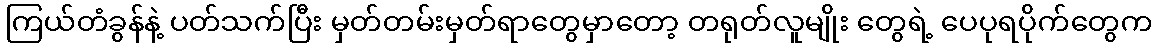
ကြယ်တံခွန်နဲ့ ပတ်သက်ပြီး မှတ်တမ်းမှတ်ရာတွေမှာတော့ တရုတ်လူမျိုး တွေရဲ့ ပေပုရပိုက်တွေက